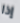
إذا